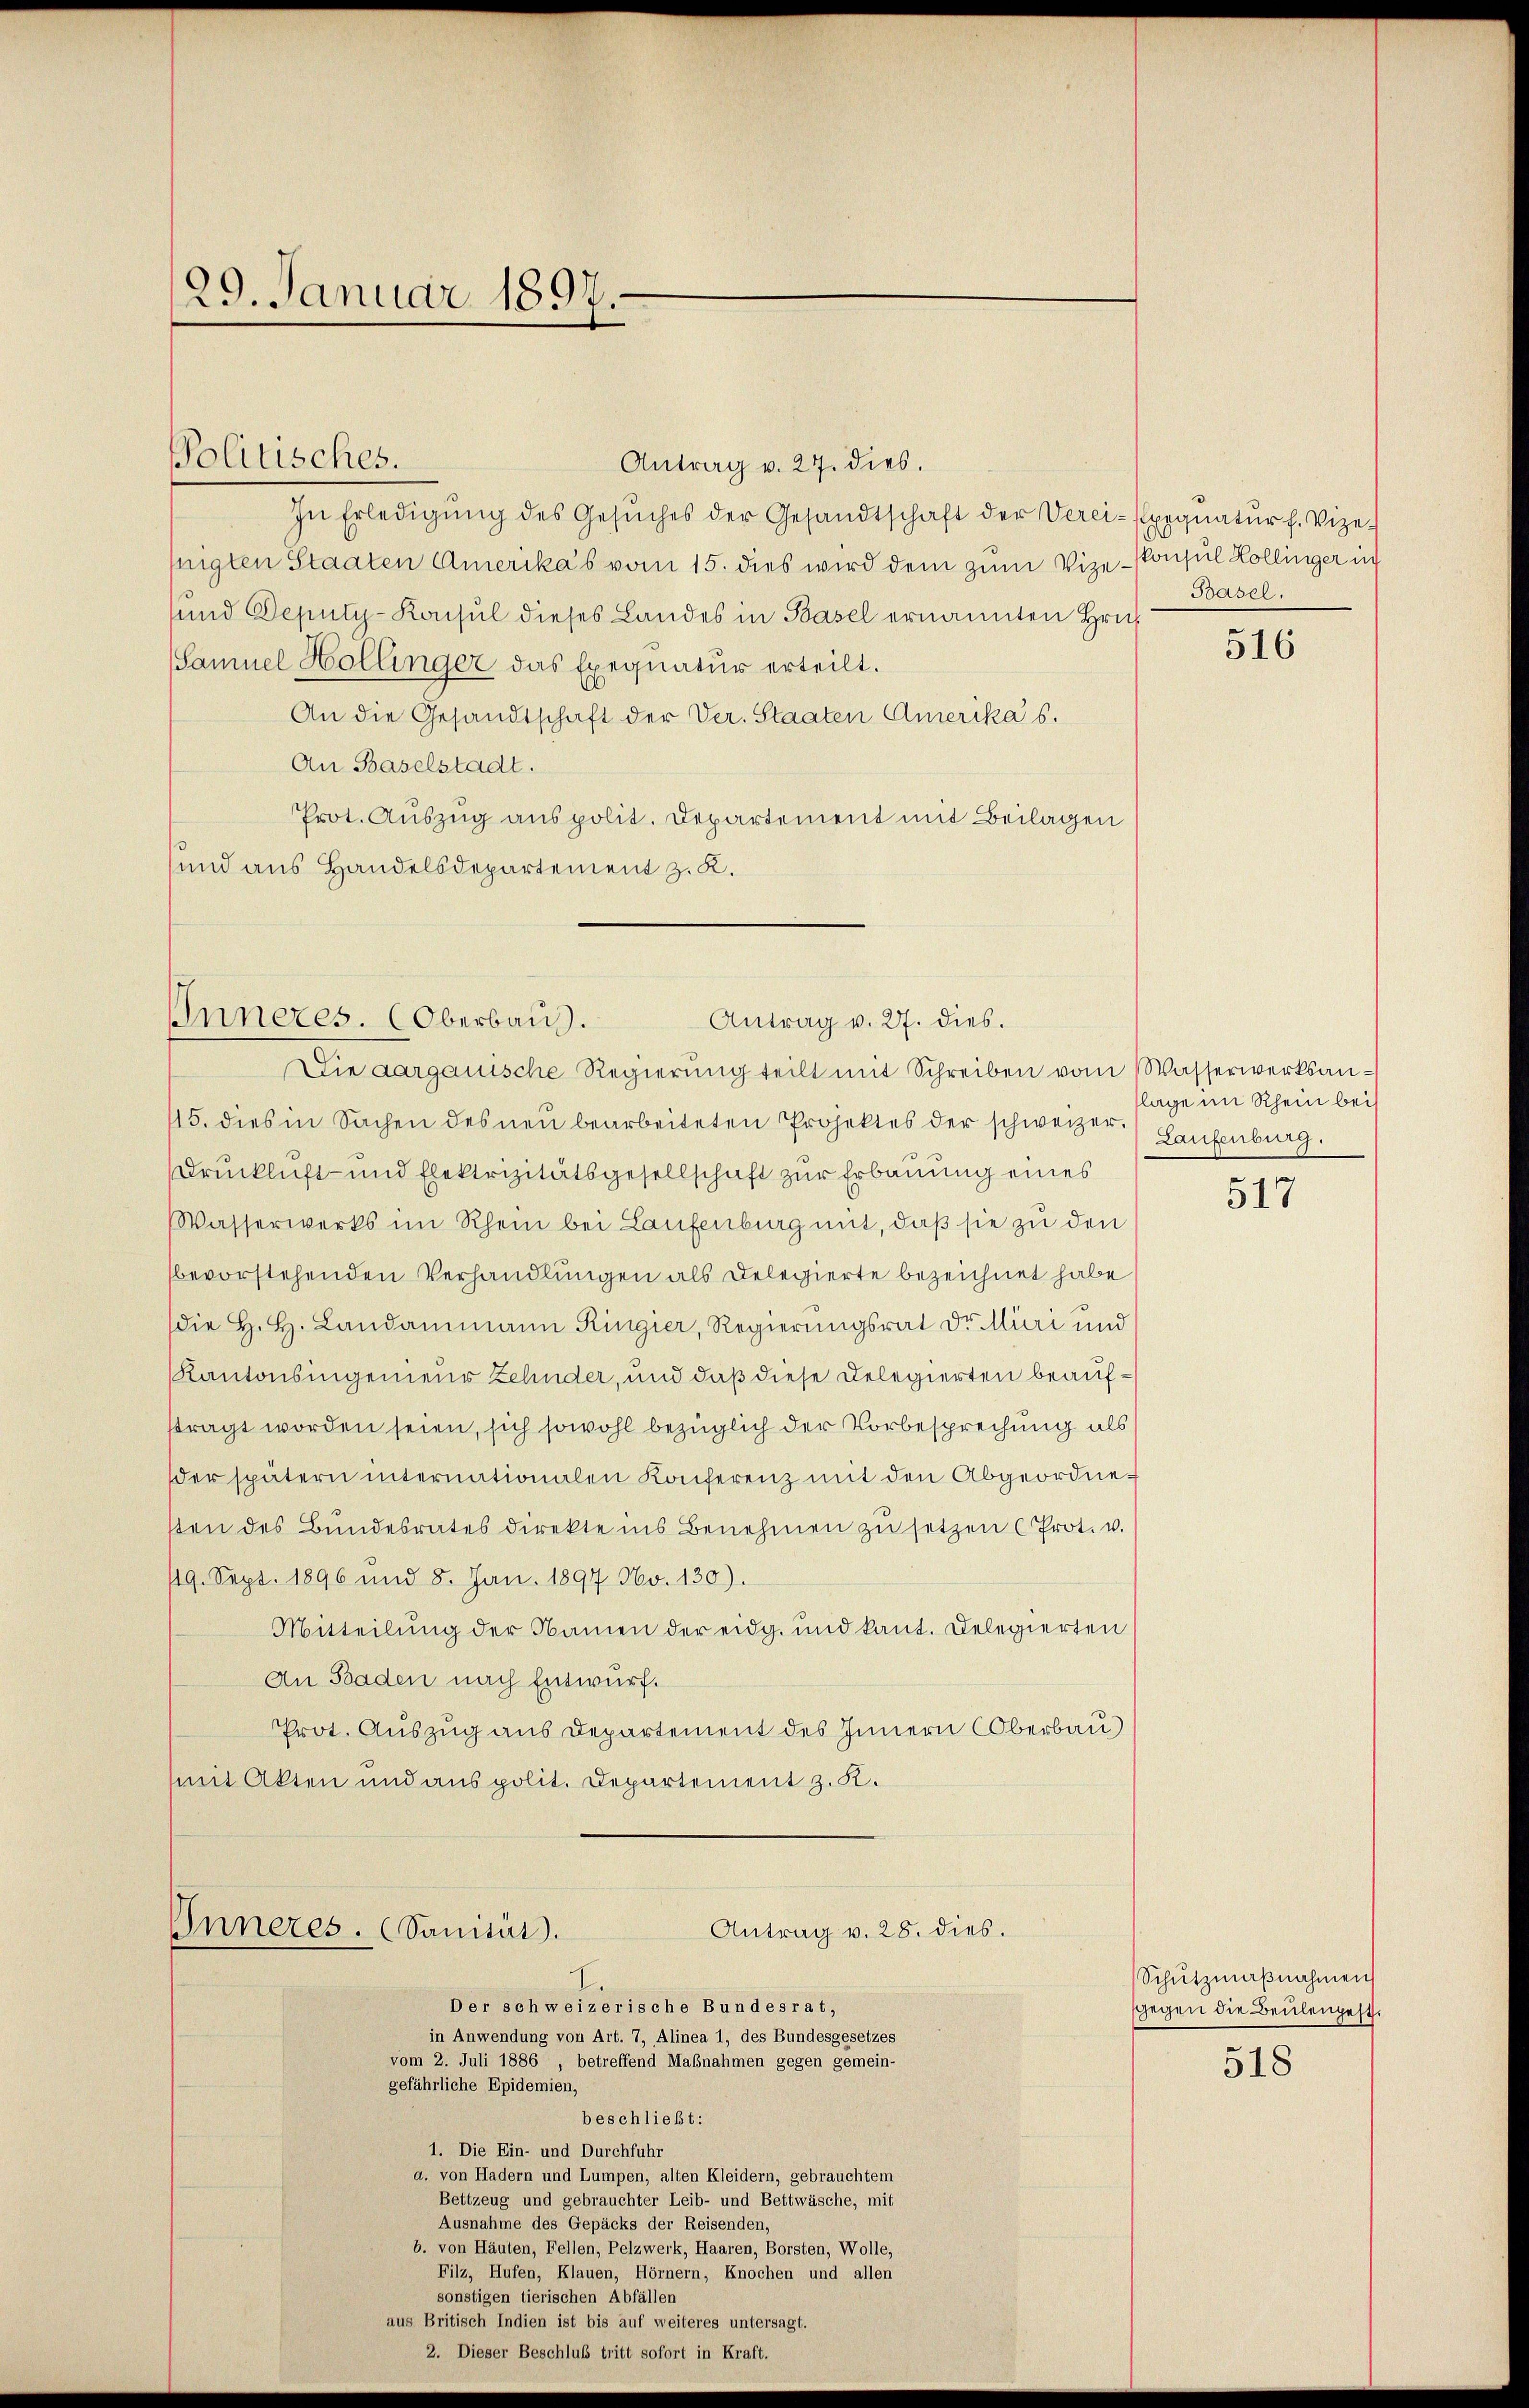
29. Januar 1897.

Antrag v. 27. dies.
In Erledigŭng des Gesŭches der Gesandtschaft der Verei-Exequatŭr f. Vize-
fiigten Staaten Amerikas vom 15. dies wird dem zum Vize-Konsul Kollinger in
sund Deputy-Konsul dieses Landes in Basel ernannten Hrif
Samuel Hollinger das Exequatur erteilt.
An die Gesandtschaft der Ver. Staaten Amerika s.
An Baselstadt.
Prot. Auszug aus polit. Departement mit Beilagen
sund aus Handelsdepartement z. K.
Inneres. (Oberbaus.
Die aargauische Regierŭng teilt mit Schreiben vom Wasserwerksan¬
45. dies in Sachen des neu bearbeiteten Projektes der schweizerruckluft und Elektrizitätsgesellschaft zur Erbauung eines
Wasserwerks im Rhein bei Laufenburg mit, daß sie zu den
bevorstehenden Verhandlungen als Delegierte bezeichnet habe
die H. H. Landammann Ringier, Regierungsrat Dr. Muri und
Kantonsingenieur Zehnder, und daß diese Delegierten beaufstragt worden seien, sich sowohl bezüglich der Vorbesprechung als
der spätern internationalen Konferenz mit den Abgeordnesten des Bŭndesrates direkte ins Benehmen zŭ setzen (Prot. v.
119. Sept. 1896 und 8. Jan. 1897 No. 130).
Mitteilung der Namen der eidg. und kant. Delegierten
An Baden nach Entwurf.
Prot. Auszug aus Departement des Innern Oberbau
mit Akten und aus polit. Departement z. K.
Antrag v. 28. dies.
Inneres. (Sanität.
Der schweizerische Bundesrat,
in Anwendung von Art. 7, Alinea 1, des Bundesgesetzes
vom 2. Juli 1886, betreffend Maßnahmen gegen gemein-
gefährliche Epidemien,
beschließt:
1. Die Ein- und Durchfuhr
d. von Hadern und Lumpen, alten Kleidern, gebrauchtem
Bettzeug und gebrauchter Leib- und Bettwäsche, mit
Ausnahme des Gepäcks der Reisenden,
b. von Häuten, Fellen, Pelzwerk, Haaren, Borsten, Wolle,
Filz, Hufen, Klauen, Hörnern, Knochen und allen
sonstigen tierischen Abfällen
aus Britisch Indien ist bis auf weiteres untersagt.
2. Dieser Beschluß tritt sofort in Kraft.

Politisches.

Antrag v. 27. dies.

Basel.

516

lage im Rhein bei
Laufenburg.

517

Schutzmaßnahmen
ggegen die Beilengest
518